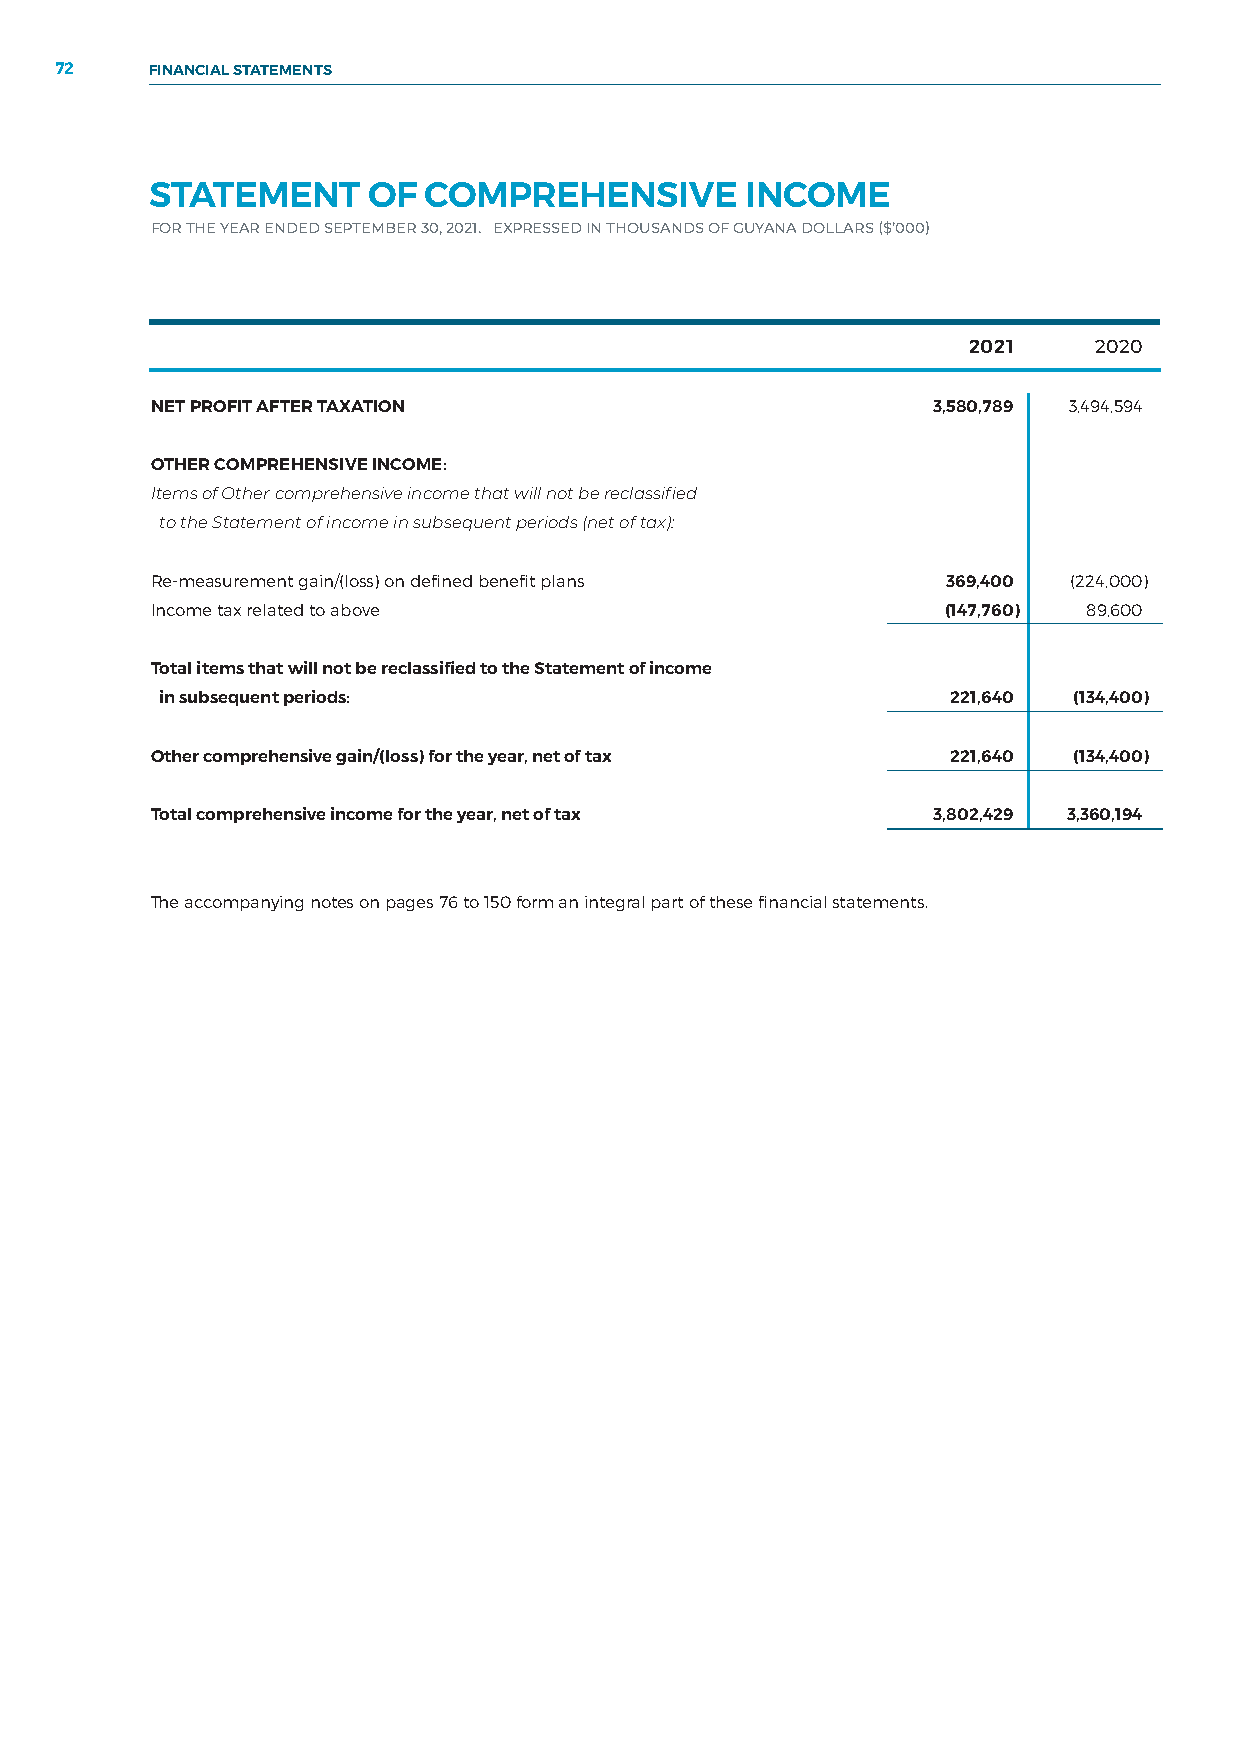
72    FINANCIAL STATEMENTS
 STATEMENT     OF  COMPREHENSIVE        INCOME
 FOR THE YEAR ENDED SEPTEMBER 30, 2021. EXPRESSED IN THOUSANDS OF GUYANA DOLLARS ($’000)
 2021    2020
 NET PROFIT AFTER TAXATION                           3,580,789 3,494,594
 OTHER COMPREHENSIVE INCOME:
 Items of Other comprehensive income that will not be reclassified
 to the Statement of income in subsequent periods (net of tax):
 Re-measurement gain/(loss) on defined benefit plans  369,400 (224,000)
 Income tax related to above                          (147,760) 89,600
 Total items that will not be reclassified to the Statement of income
 in subsequent periods:                              221,640 (134,400)
 Other comprehensive gain/(loss) for the year, net of tax 221,640 (134,400)
 Total comprehensive income for the year, net of tax 3,802,429 3,360,194
 The accompanying notes on pages 76 to 150 form an integral part of these financial statements.